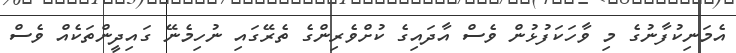
އެމަނިކުފާނުގެ މި ވާހަކަފުޅުން ވެސް އާދައިގެ ކުށްވެރިންގެ ތެރޭގައި ނުހިމެނޭ ގައިދީންތަކެއް ވެސް